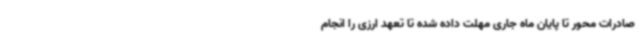
صادرات محور تا پایان ماه جاری مهلت داده شده تا تعهد ارزی را انجام